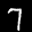
Label: 7